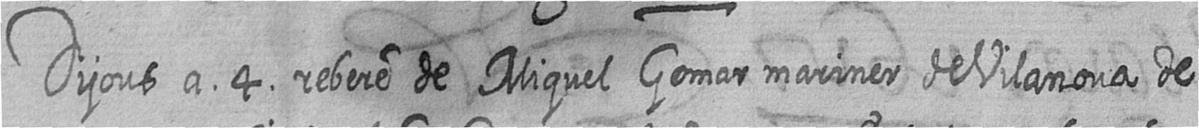
Dijous a 4 rebere de Miquel Gomar mariner de Vilanova de